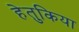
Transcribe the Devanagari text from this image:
हेतुकिया